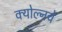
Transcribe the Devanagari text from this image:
क्योल्नचे